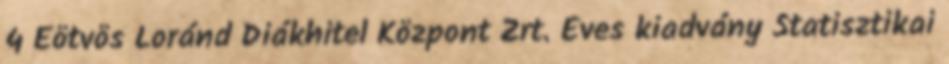
4 Eötvös Loránd Diákhitel Központ Zrt. Éves kiadvány Statisztikai